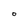
Character: 0